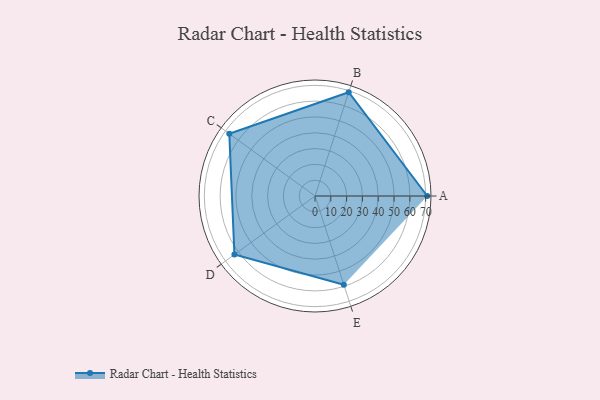
{"axis": {"x": "Skill", "y": "Score"}, "legend": ["Profile"], "data": [{"x": "A", "y": 71.0, "type": "Profile"}, {"x": "B", "y": 69.0, "type": "Profile"}, {"x": "C", "y": 67.0, "type": "Profile"}, {"x": "D", "y": 63.0, "type": "Profile"}, {"x": "E", "y": 59.0, "type": "Profile"}]}